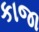
કાજા